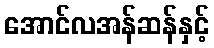
အောင်လအန်ဆန်နှင့်